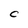
Character: C